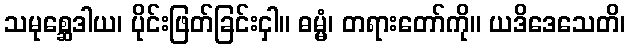
သမုစ္ဆေဒါယ၊ ပိုင်းဖြတ်ခြင်းငှါ။ ဓမ္မံ၊ တရားတော်ကို။ ယဒိဒေသေတိ၊